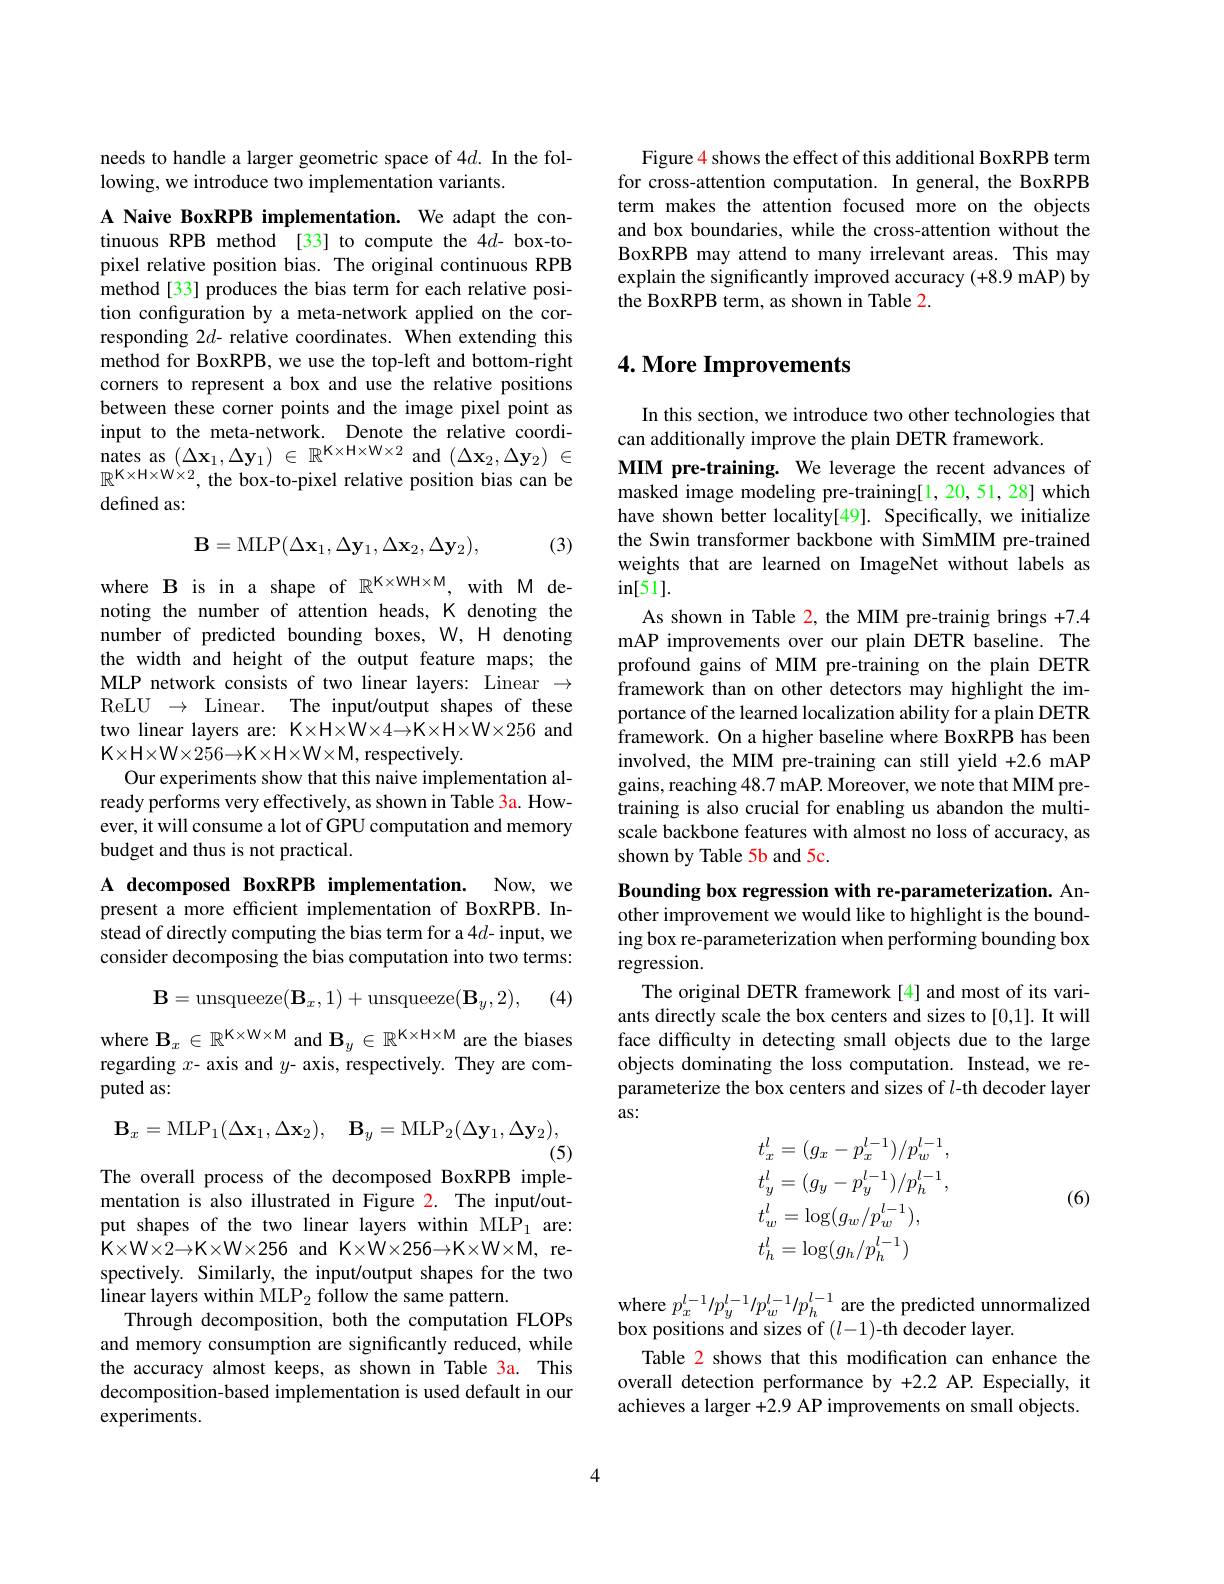
needs to handle a larger geometric space of 4d. In the fol-
lowing, we introduce two implementation variants.

A Naive BoxRPB implementation. We adapt the continuous RPB method [33] to compute the 4d- box-topixel relative position bias. The original continuous RPB method[33] produces the bias term for each relative position configuration by a meta-network applied on the corresponding 2d- relative coordinates. When extending this method for BoxRPB, we use the top-left and bottom-right corners to represent a box and use the relative positions between these corner points and the image pixel point as input to the meta-network. Denote the relative coordi- ${\mathrm{nates~as~}(\Delta\mathbf{x}_{1},\Delta\mathbf{y}_{1})~\in~\mathbb{R}^{\mathbf{K}\times\mathbf{H}\times\mathbf{W}\times2}~\mathrm{and~}(\Delta\mathbf{x}_{2},\Delta\mathbf{y}_{2})~\in}$ $\mathbb{R}^{\mathrm{K\times H\times W\times2}}$, the box-to-pixel relative position bias can be defined as:

(3)
$$\mathbf{B}=\mathrm{MLP}(\Delta\mathbf{x}_1,\Delta\mathbf{y}_1,\Delta\mathbf{x}_2,\Delta\mathbf{y}_2),$$
where B is in a shape of $\mathbb{R}^{\mathrm{K\times WH\times M}}$, with M denoting the number of attention heads, K denoting the number of predicted bounding boxes, W, H denoting the width and height of the output feature maps; the MLP network consists of two linear layers: Linear $\to$ ReLU $\to$ Linear. The input/output shapes of these two linear layers are: K×H×W×4→K×H×W×256 and K×H×W×256→K×H×W×M, respectively.
Our experiments show that this naive implementation already performs very effectively, as shown in Table 3a. However, it will consume a lot of GPU computation and memory budget and thus is not practical.

A decomposed BoxRPB implementation. Now, we present a more efficient implementation of BoxRPB. Instead of directly computing the bias term for a 4$d$- input, we consider decomposing the bias computation into two terms:
$$\mathbf{B}=\mathrm{unsqueeze}(\mathbf{B}_x,1)+\mathrm{unsqueeze}(\mathbf{B}_y,2),$$
(4)

where $\mathbf{B}_x\in\mathbb{R}^{\mathbf{K}\times\mathbf{W}\times\mathbf{M}}$ and $\mathbf{B}_y\in\mathbb{R}^{\mathbf{K}\times\mathbf{H}\times\mathbf{M}}$ are the biases regarding $x$- axis and $y$- axis, respectively. They are computed as:
$$\mathbf{B}_x=\mathrm{MLP}_1(\Delta\mathbf{x}_1,\Delta\mathbf{x}_2),\quad\mathbf{B}_y=\mathrm{MLP}_2(\Delta\mathbf{y}_1,\Delta\mathbf{y}_2),$$
(5)

The overall process of the decomposed BoxRPB implementation is also illustrated in Figure 2. The input/output shapes of the two linear layers within MLP1 are: $\mathsf{K\times W\times2\to K\times W\times256}$ and K×W×256→K×W×M, respectively. Similarly, the input/output shapes for the two $\hat{\text{linear layers within MLP}}_{2}\hat{\text{follow the same pattern.}}$
Through decomposition, both the computation FLOPs and memory consumption are significantly reduced, while the accuracy almost keeps, as shown in Table 3a. This decomposition-based implementation is used default in our experiments.

Figure 4 shows the effect of this additional BoxRPB term for cross-attention computation. In general, the BoxRPB term makes the attention focused more on the objects and box boundaries, while the cross-attention without the BoxRPB may attend to many irrelevant areas. This may explain the significantly improved accuracy (+8.9 mAP) by the BoxRPB term, as shown in Table 2.

# 4. More Improvements

In this section, we introduce two other technologies that
can additionally improve the plain DETR framework.
MIM pre-training. We leverage the recent advances of masked image modeling pre-training[1,20,51,28] which have shown better locality[49]. Specifically, we initialize the Swin transformer backbone with SimMIM pre-trained weights that are learned on ImageNet without labels as $\sin[51].$
As shown in Table 2, the MIM pre-trainig brings +7.4 mAP improvements over our plain DETR baseline. The profound gains of MIM pre-training on the plain DETR framework than on other detectors may highlight the importance of the learned localization ability for a plain DETR framework. On a higher baseline where BoxRPB has been involved, the MIM pre-training can still yield +2.6 mAP gains, reaching 48.7 mAP. Moreover, we note that MIM pretraining is also crucial for enabling us abandon the multiscale backbone features with almost no loss of accuracy, as shown by Table 5b and 5c.

Bounding box regression with re-parameterization. Another improvement we would like to highlight is the bounding box re-parameterization when performing bounding box regression.

The original DETR framework[4] and most of its variants directly scale the box centers and sizes to [0,1]. It will face difficulty in detecting small objects due to the large objects dominating the loss computation. Instead, we reparameterize the box centers and sizes of $l$-th decoder layer as:

(6)
$$\begin{aligned}&t_{x}^{l}=(g_{x}-p_{x}^{l-1})/p_{w}^{l-1},\\&t_{y}^{l}=(g_{y}-p_{y}^{l-1})/p_{h}^{l-1},\\&t_{w}^{l}=\log(g_{w}/p_{w}^{l-1}),\\&t_{h}^{l}=\log(g_{h}/p_{h}^{l-1})\end{aligned}$$
where $p_{x}^{l-1}/p_{y}^{l-1}/p_{w}^{l-1}/p_{h}^{l-1}$ are the predicted unnormalized
box positions and sizes of $(l-1)$-th decoder layer.
Table 2 shows that this modification can enhance the overall detection performance by +2.2 AP. Especially, it achieves a larger +2.9 AP improvements on small objects.

4